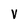
Character: V